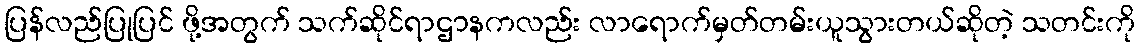
ပြန်လည်ပြုပြင် ဖို့အတွက် သက်ဆိုင်ရာဌာနကလည်း လာရောက်မှတ်တမ်းယူသွားတယ်ဆိုတဲ့ သတင်းကို